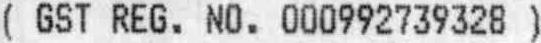
( GST REG. NO. 000992739328 )